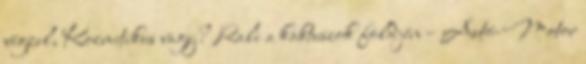
végzel, Kozmetikus vagy? Rali a kaktuszok földjén – Autó-Motor